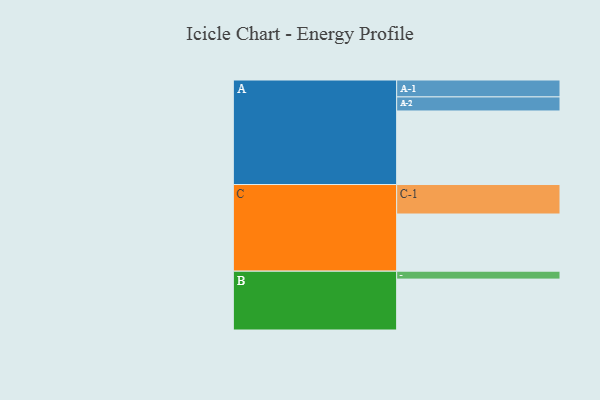
{"axis": {"x": "Segment", "y": "Value"}, "legend": ["", "A", "B", "C"], "data": [{"x": "A", "y": 539, "type": ""}, {"x": "B", "y": 373, "type": ""}, {"x": "C", "y": 419, "type": ""}, {"x": "A-1", "y": 124, "type": "A"}, {"x": "A-2", "y": 103, "type": "A"}, {"x": "B-1", "y": 58, "type": "B"}, {"x": "C-1", "y": 216, "type": "C"}]}